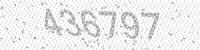
Solution: 436797